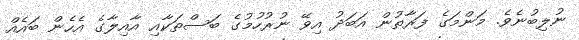
ނުލިބުނެވެ. މަންމަގެ ފަރާތުން އަބަދު އިވޭ ނުރުހުމުގެ ބަސްތަކާއި އާއިލާގެ އެހެން ބައެއް